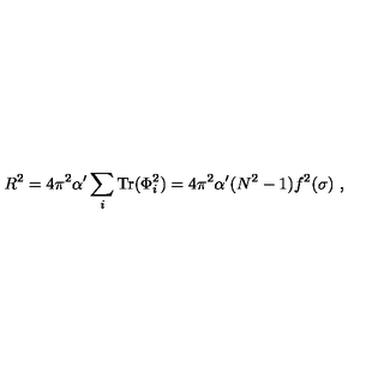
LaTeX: R ^ { 2 } = { 4 \pi ^ { 2 } \alpha ^ { \prime } } \sum _ { i } \mathrm { T r } ( \Phi _ { i } ^ { 2 } ) = { 4 \pi ^ { 2 } \alpha ^ { \prime } } ( N ^ { 2 } - 1 ) f ^ { 2 } ( \sigma ) \ ,